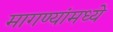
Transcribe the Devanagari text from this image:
मागण्यांमध्ये